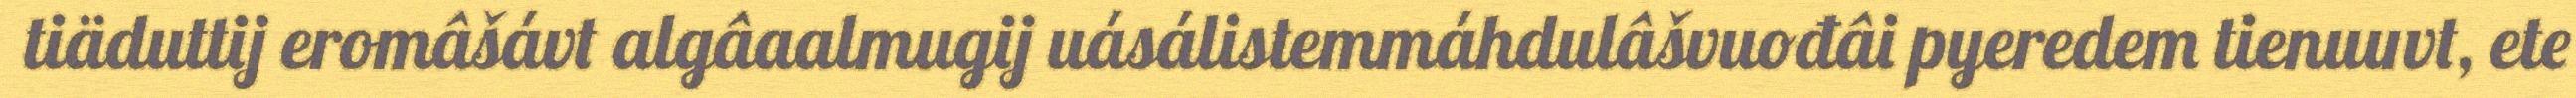
tiäduttij eromâšávt algâaalmugij uásálistemmáhdulâšvuođâi pyeredem tienuuvt, ete